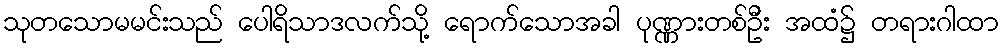
သုတသောမမင်းသည် ပေါရိသာဒလက်သို့ ရောက်သောအခါ ပုဏ္ဏားတစ်ဦး အထံ၌ တရားဂါထာ